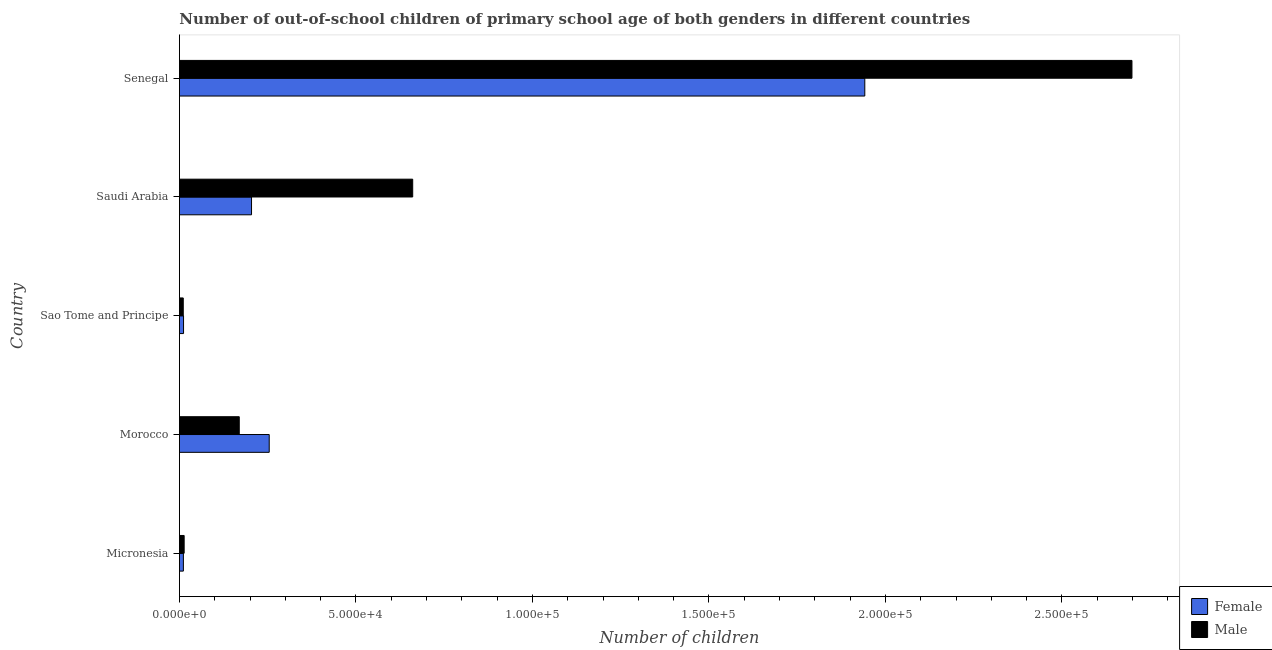
| Country | Female | Male |
 | --- | --- | --- |
 | Micronesia | 1.13e+03 | 1.34e+03 |
 | Morocco | 2.54e+04 | 1.7e+04 |
 | Sao Tome and Principe | 1.17e+03 | 1.09e+03 |
 | Saudi Arabia | 2.04e+04 | 6.61e+04 |
 | Senegal | 1.94e+05 | 2.7e+05 |